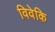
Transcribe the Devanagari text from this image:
विवेकि